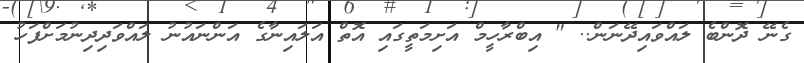
ގެނޭ ދޮންބެ ލައްވައިދޭނަން.. " އިބްރާހީމް އަށިމަތީގައި އޮތް އަލައިނާގެ އަންނައުނު ލައްވަދިދިނުމަށްފަހު